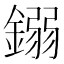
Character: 𨪤